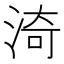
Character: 渏